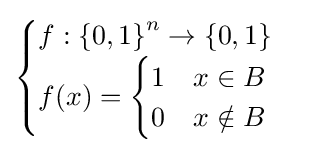
{\begin{cases}f:\left\{0,1\right\}^{n}\to \{0,1\}\\f(x)={\begin{cases}1&x\in B\\0&x\notin B\end{cases}}\end{cases}}